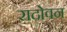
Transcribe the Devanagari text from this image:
रादोवन